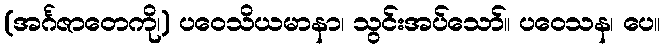
(အင်္ဂဇာတေကို၊) ပဝေသိယမာနာ၊ သွင်းအပ်သော်။ ပဝေသန၊ ပေ။